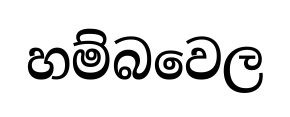
හම්බවෙල